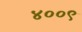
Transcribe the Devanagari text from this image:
४००९